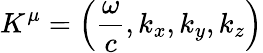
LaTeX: K^{\mu}=\left({\frac{\omega}{c}},k_{x},k_{y},k_{z}\right)